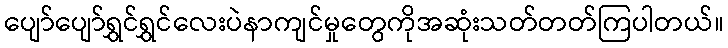
ပျော်ပျော်ရွှင်ရွှင်လေးပဲနာကျင်မှုတွေကိုအဆုံးသတ်တတ်ကြပါတယ်။